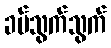
ခပ်သွက်သွက်